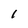
Character: l